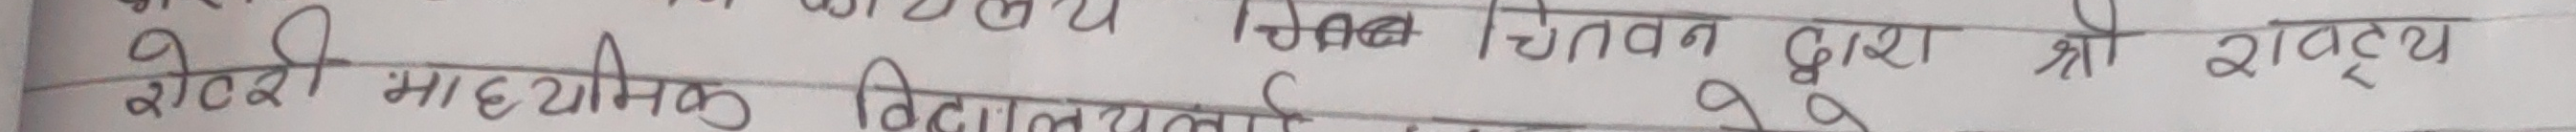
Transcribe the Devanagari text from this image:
चेतावनी द्वारा श्री राठ्य
शहरी माध्यमिक विद्यालय